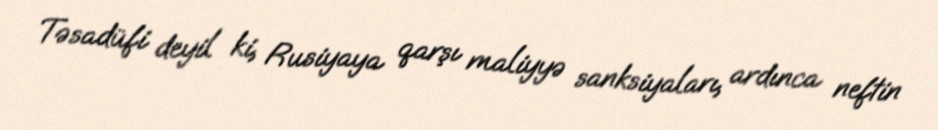
Təsadüfi deyil ki, Rusiyaya qarşı maliyyə sanksiyaları, ardınca neftin